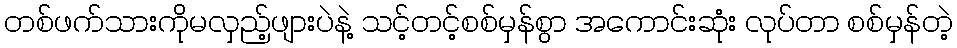
တစ်ဖက်သားကိုမလှည့်ဖျားပဲနဲ့ သင့်တင့်စစ်မှန်စွာ အကောင်းဆုံး လုပ်တာ စစ်မှန်တဲ့